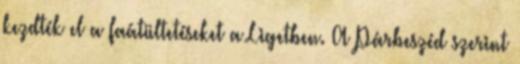
kezdték el a faátültetéseket a Ligetben. A Párbeszéd szerint